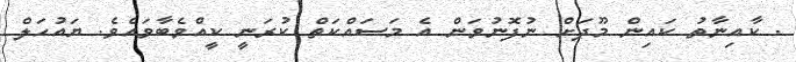
. ކާއިނާތު ކައިން މޫދަށް ނުފޮނުވަން އެ މަސައްކަތް ކުރަނީ ކީއްވެބާވައެވެ. ޔައުހަލް